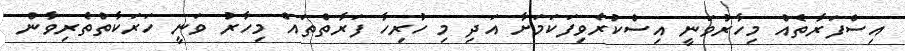
އިސްފަރާތެއް މިހާރުވަނީ އިސްކުރެވިފަކަމަށާ އަދި މި ހުރިހާ ފަރާތްތައް މިހާރު ވަނީ ހަރަކާތްތެރިވާން